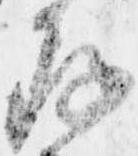
存